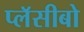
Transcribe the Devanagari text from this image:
प्लॅसीबो